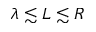
\lambda \lesssim L \lesssim R